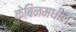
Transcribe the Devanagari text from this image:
केबिनमधील